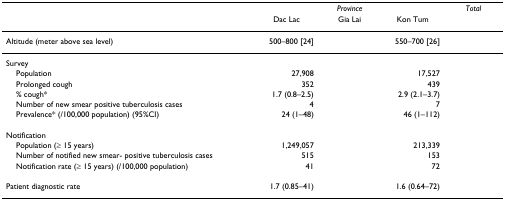
<table><thead><tr><td>[EMPTY_CELL]</td><td colspan="3"><b><i>Province</i></b></td><td><b><i>Total</i></b></td></tr><tr><td>[EMPTY_CELL]</td><td><b>Dac Lac</b></td><td><b>Gia Lai</b></td><td><b>Kon Tum</b></td><td>[EMPTY_CELL]</td></tr></thead><tbody><tr><td>Altitude (meter above sea level)</td><td>500–800 [24]</td><td>[EMPTY_CELL]</td><td>550–700 [26]</td><td>[EMPTY_CELL]</td></tr><tr><td>Survey</td><td>[EMPTY_CELL]</td><td>[EMPTY_CELL]</td><td>[EMPTY_CELL]</td><td>[EMPTY_CELL]</td></tr><tr><td> Population</td><td>27,908</td><td>[EMPTY_CELL]</td><td>17,527</td><td>[EMPTY_CELL]</td></tr><tr><td> Prolonged cough</td><td>352</td><td>[EMPTY_CELL]</td><td>439</td><td>[EMPTY_CELL]</td></tr><tr><td> % cough*</td><td>1.7 (0.8–2.5)</td><td>[EMPTY_CELL]</td><td>2.9 (2.1–3.7)</td><td>[EMPTY_CELL]</td></tr><tr><td> Number of new smear positive tuberculosis cases</td><td>4</td><td>[EMPTY_CELL]</td><td>7</td><td>[EMPTY_CELL]</td></tr><tr><td> Prevalence* (/100,000 population) (95%CI)</td><td>24 (1–48)</td><td>[EMPTY_CELL]</td><td>46 (1–112)</td><td>[EMPTY_CELL]</td></tr><tr><td>Notification</td><td>[EMPTY_CELL]</td><td>[EMPTY_CELL]</td><td>[EMPTY_CELL]</td><td>[EMPTY_CELL]</td></tr><tr><td> Population (≥ 15 years)</td><td>1,249,057</td><td>[EMPTY_CELL]</td><td>213,339</td><td>[EMPTY_CELL]</td></tr><tr><td> Number of notified new smear- positive tuberculosis cases</td><td>515</td><td>[EMPTY_CELL]</td><td>153</td><td>[EMPTY_CELL]</td></tr><tr><td> Notification rate (≥ 15 years) (/100,000 population)</td><td>41</td><td>[EMPTY_CELL]</td><td>72</td><td>[EMPTY_CELL]</td></tr><tr><td>Patient diagnostic rate</td><td>1.7 (0.85–41)</td><td>[EMPTY_CELL]</td><td>1.6 (0.64–72)</td><td>[EMPTY_CELL]</td></tr></tbody></table>